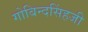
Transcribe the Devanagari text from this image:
गोबिन्दसिंहजी